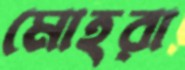
মোহরা